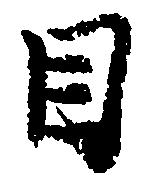
目